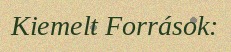
Kiemelt Források: